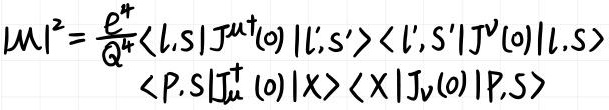
\[
|\mathcal{M}|^{2}=\frac{e^{\mu}}{Q^{4}}\langle l,s|J^{\mu \dagger}(o)|l',s'\rangle\langle l',s'|J^{\nu}(o)|l,s\rangle\langle P,s|J_{\mu}^{\dagger}(o)|\chi\rangle\langle\chi|J_{\nu}(o)|P,s\rangle
\]